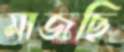
মাজছি